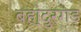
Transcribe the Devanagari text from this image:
बहा्दुरगड